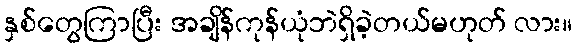
နှစ်တွေကြာပြီး အချိန်ကုန်ယုံဘဲရှိခဲ့တယ်မဟုတ် လား။